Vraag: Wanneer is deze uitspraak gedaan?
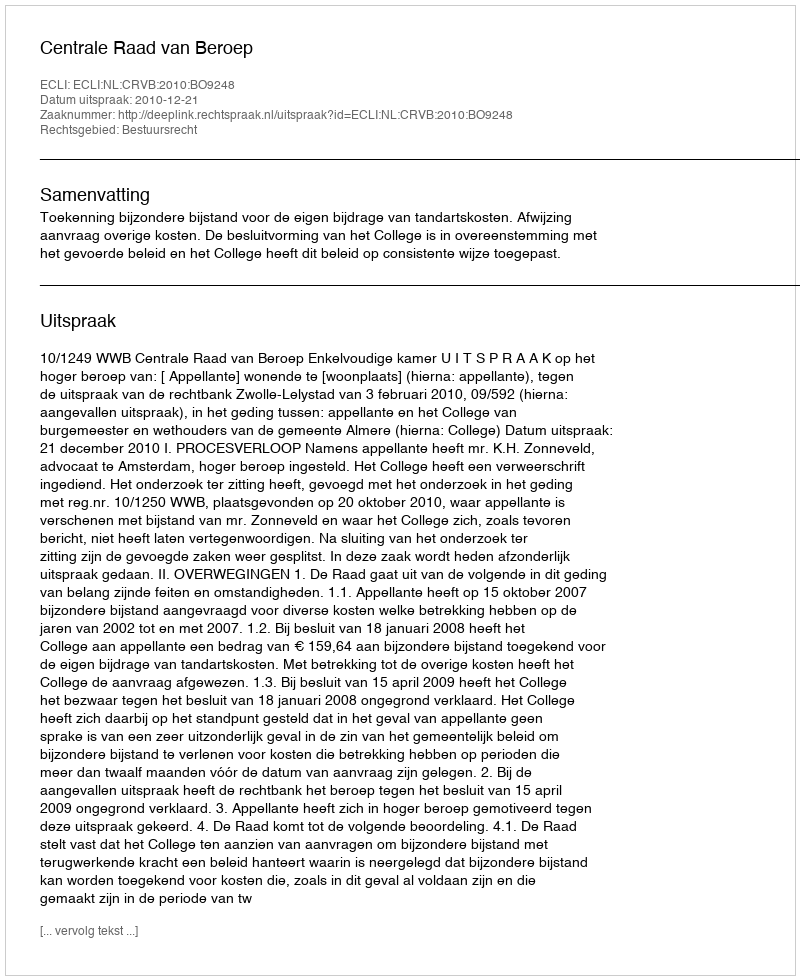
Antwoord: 2010-12-21